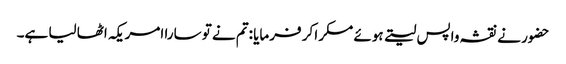
حضور نے نقشہ واپس لیتے ہوئے مسکرا کر فرمایا :تم نے تو سارا امریکہ اٹھا لیا ہے۔